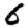
Digit: 6